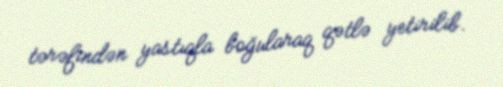
tərəfindən yastıqla boğularaq qətlə yetirilib.